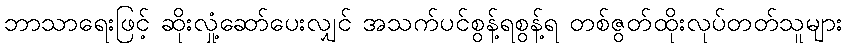
ဘာသာရေးဖြင့် ဆိုးလှုံ့ဆော်ပေးလျှင် အသက်ပင်စွန့်ရစွန့်ရ တစ်ဇွတ်ထိုးလုပ်တတ်သူများ